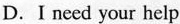
D.I need your help